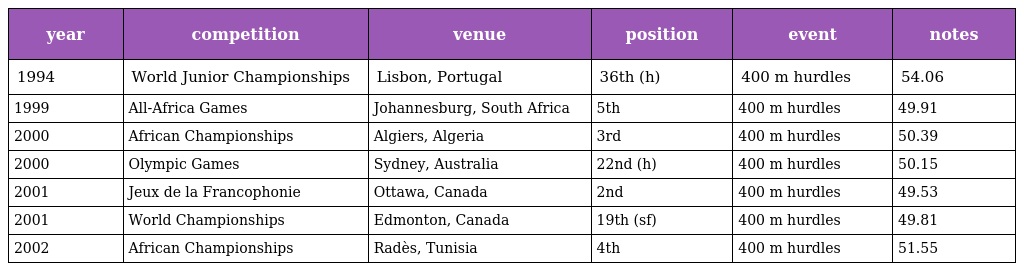
| year | competition | venue | position | event | notes |
 | --- | --- | --- | --- | --- | --- |
 | 1994 | World Junior Championships | Lisbon, Portugal | 36th (h) | 400 m hurdles | 54.06 |
 | 1999 | All-Africa Games | Johannesburg, South Africa | 5th | 400 m hurdles | 49.91 |
 | 2000 | African Championships | Algiers, Algeria | 3rd | 400 m hurdles | 50.39 |
 | 2000 | Olympic Games | Sydney, Australia | 22nd (h) | 400 m hurdles | 50.15 |
 | 2001 | Jeux de la Francophonie | Ottawa, Canada | 2nd | 400 m hurdles | 49.53 |
 | 2001 | World Championships | Edmonton, Canada | 19th (sf) | 400 m hurdles | 49.81 |
 | 2002 | African Championships | Radès, Tunisia | 4th | 400 m hurdles | 51.55 |